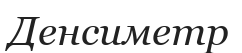
Денсиметр